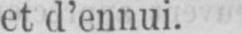
et d’ennui.